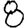
Digit: 8